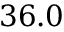
3 6 . 0